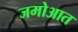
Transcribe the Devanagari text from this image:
जमोआत